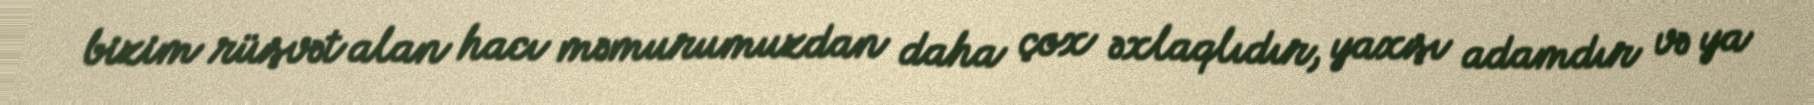
bizim rüşvət alan hacı məmurumuzdan daha çox əxlaqlıdır, yaxşı adamdır və ya